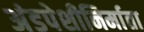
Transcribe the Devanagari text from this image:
अंडपेशीनिर्माता